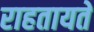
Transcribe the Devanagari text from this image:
राहतायते